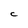
Character: C